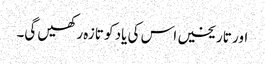
اور تاریخیں اس کی یاد کو تازہ رکھیں گی۔